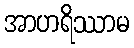
အာဟရိဿာမ